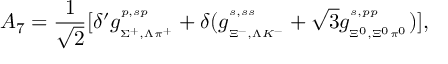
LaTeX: A _ { 7 } = \frac { 1 } { \sqrt { 2 } } [ \delta ^ { \prime } g _ { { } _ { \Sigma ^ { + } , \Lambda \pi ^ { + } } } ^ { { } ^ { p , s p } } + \delta ( g _ { { } _ { \Xi ^ { - } , \Lambda K ^ { - } } } ^ { { } ^ { s , s s } } + \sqrt 3 g _ { { } _ { \Xi ^ { 0 } , \Xi ^ { 0 } \pi ^ { 0 } } } ^ { { } ^ { s , p p } } ) ] ,